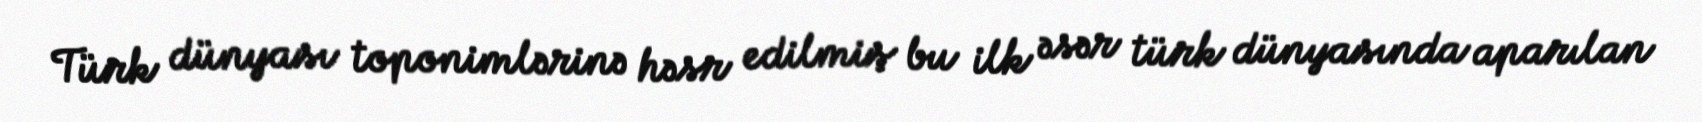
Türk dünyası toponimlərinə həsr edilmiş bu ilk əsər türk dünyasında aparılan